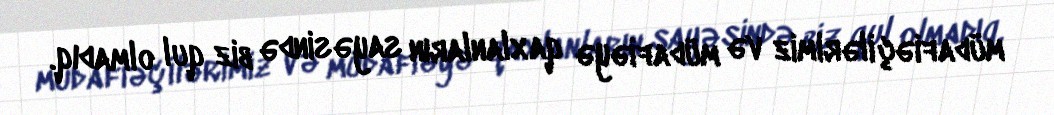
müdafiəçilərimiz və müdafiəyə qaxlanların sayəsində biz qul olmadıq.